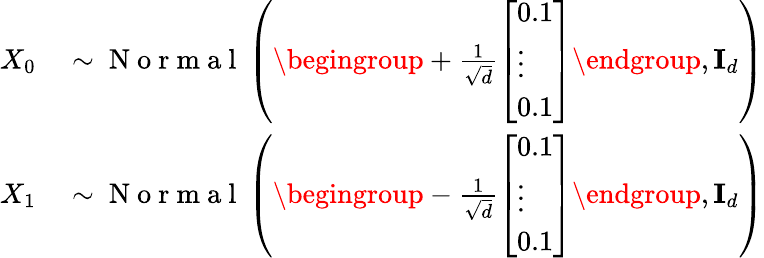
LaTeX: \begin{array}{rl}{X_{0}}&{{}\sim\mathrm{~N~o~r~m~a~l~}\left(\begingroup+\frac{1}{\sqrt{d}}\left[\begin{array}{l}{0.1}\\ {\vdots}\\ {0.1}\end{array}\right]\endgroup,\mathbf{I}_{d}\right)}\\ {X_{1}}&{{}\sim\mathrm{~N~o~r~m~a~l~}\left(\begingroup-\frac{1}{\sqrt{d}}\left[\begin{array}{l}{0.1}\\ {\vdots}\\ {0.1}\end{array}\right]\endgroup,\mathbf{I}_{d}\right)}\end{array}